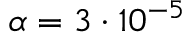
\alpha = 3 \cdot 1 0 ^ { - 5 }